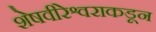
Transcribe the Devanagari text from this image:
शेषवीरेश्वराकडून